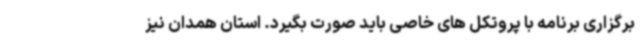
برگزاری برنامه با پروتکل های خاصی باید صورت بگیرد. استان همدان نیز